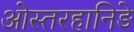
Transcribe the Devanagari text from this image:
ओस्तरहानिङे